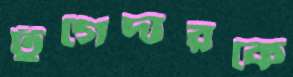
টুগেদারকে